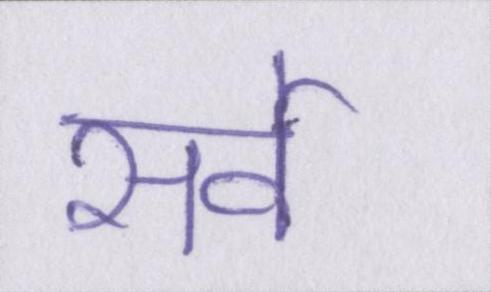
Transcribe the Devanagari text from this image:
सर्वे